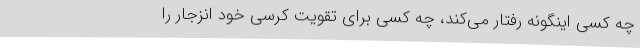
چه کسی اینگونه رفتار می‌کند، چه کسی برای تقویت کرسی خود انزجار را